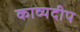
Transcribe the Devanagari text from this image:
काव्यदीप